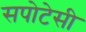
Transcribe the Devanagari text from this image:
सपोटेसी